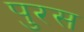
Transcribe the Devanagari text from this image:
पुरस